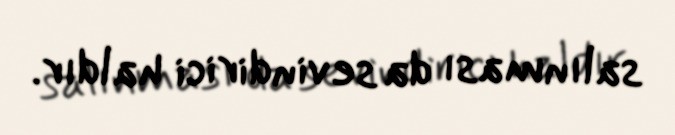
salınması da sevindirici haldır.